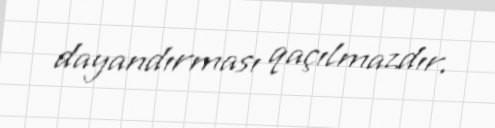
dayandırması qaçılmazdır.